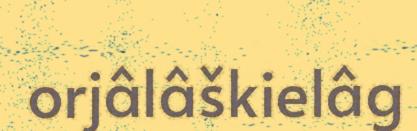
orjâlâškielâg